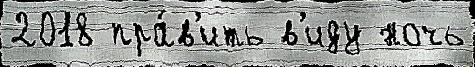
2018 пра́в'ить в'иду ночь